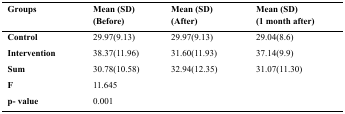
<table><thead><tr><td><b>Groups</b></td><td><b>Mean (SD) (Before)</b></td><td><b>Mean (SD) (After)</b></td><td><b>Mean (SD) (1 month after)</b></td></tr></thead><tbody><tr><td><b>Control</b></td><td>29.97(9.13)</td><td>29.97(9.13)</td><td>29.04(8.6)</td></tr><tr><td><b>Intervention</b></td><td>38.37(11.96)</td><td>31.60(11.93)</td><td>37.14(9.9)</td></tr><tr><td><b>Sum</b></td><td>30.78(10.58)</td><td>32.94(12.35)</td><td>31.07(11.30)</td></tr><tr><td><b>F</b></td><td>11.645</td><td></td><td></td></tr><tr><td><b>p- value</b></td><td>0.001</td><td></td><td></td></tr></tbody></table>